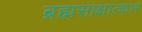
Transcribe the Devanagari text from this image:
ब्रह्मसाक्षात्कार